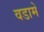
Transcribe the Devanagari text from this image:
वडामे